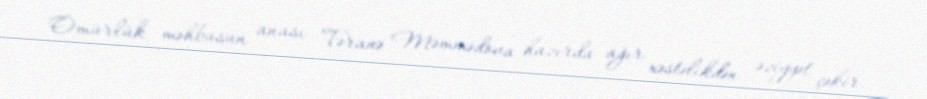
Ömürlük məhbusun anası Təranə Məmmədova hazırda ağır xəstəlikdən əziyyət çəkir